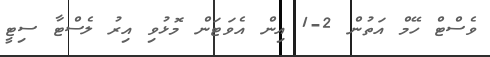
ވެސްޓް ހޭމް އަތުން 2-1 އިން އެވަޓަން މޮޅުވި އިރު ލެސްޓާ ސިޓީ